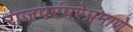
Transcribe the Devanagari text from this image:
राजपरंपरेप्रमाणे